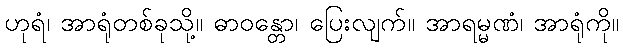
ဟုရံ၊ အာရုံတစ်ခုသို့။ ဓာဝန္တော၊ ပြေးလျက်။ အာရမ္မဏံ၊ အာရုံကို။